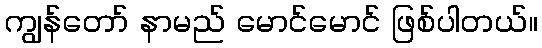
ကျွန်တော် နာမည် မောင်မောင် ဖြစ်ပါတယ်။